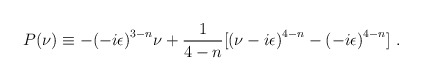
\begin{align*}P(\nu) \equiv -{(-i\epsilon)}^{3-n}\nu+\frac{1}{4-n}[{(\nu-i\epsilon)}^{4-n}-{(-i\epsilon)}^{4-n}] \,\,.\end{align*}